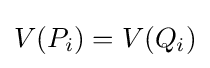
V(P_{i})=V(Q_{i})